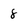
Character: 8